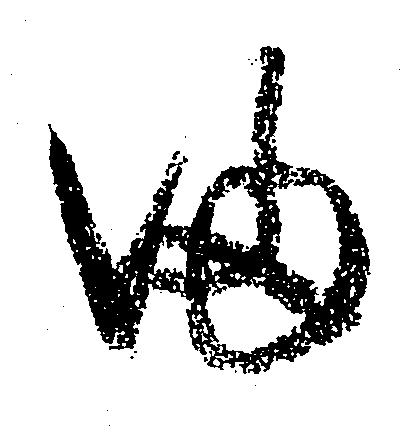
ま